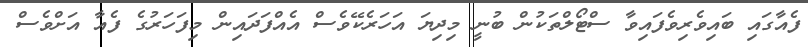
ފެއާގައި ބައިވެރިވެފައިވާ ސްޓޯލްތަކުން ބުނީ މިދިޔަ އަހަރެކޭވެސް އެއްފަދައިން މިފަހަރުގެ ފެއާ އަށްވެސް